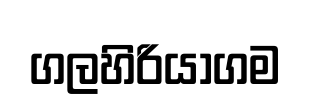
ගලහිරියාගම